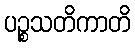
ပဉ္စသတိကာတိ